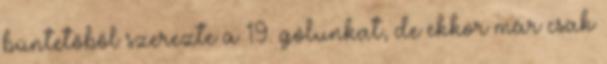
büntetőből szerezte a 19. gólunkat, de ekkor már csak